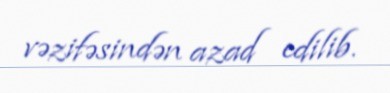
vəzifəsindən azad edilib.